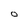
Character: O